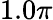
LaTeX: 1.0\pi